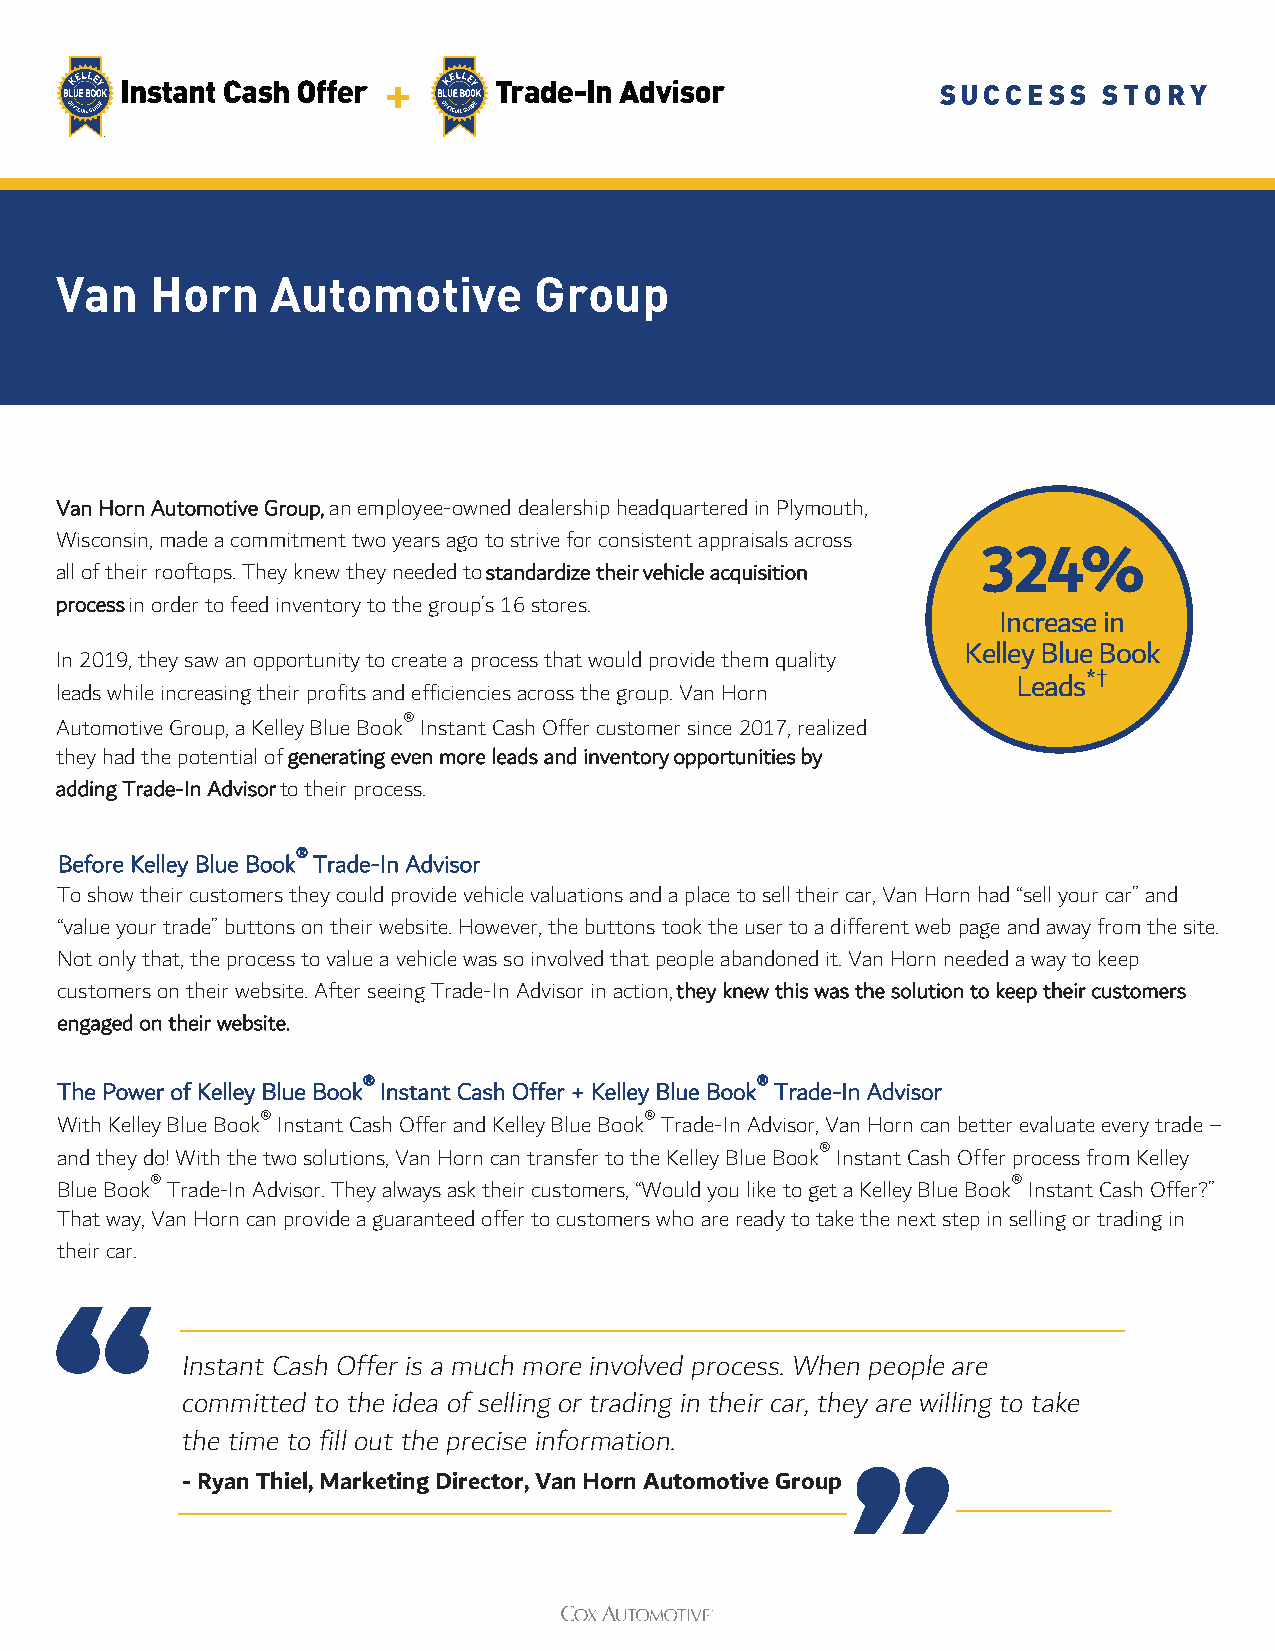
+
 SUCCESS    STORY
 Van   Horn    Automotive       Group
 Van Horn Automotive Group, an employee-owned dealership headquartered in Plymouth,
 Wisconsin, made a commitment two years ago to strive for consistent appraisals across
 324%
 all of their rooftops. They knew they needed to standardize their vehicle acquisition
 process in order to feed inventory to the group’s 16 stores.
 Increase in
 Kelley Blue Book
 In 2019, they saw an opportunity to create a process that would provide them quality
 *†
 Leads
 leads while increasing their profits and efficiencies across the group. Van Horn
 ®
 Automotive Group, a Kelley Blue Book Instant Cash Offer customer since 2017, realized
 they had the potential of generating even more leads and inventory opportunities by
 adding Trade-In Advisor to their process.
 ®
 Before Kelley Blue Book Trade-In Advisor
 To show their customers they could provide vehicle valuations and a place to sell their car, Van Horn had “sell your car” and
 “value your trade” buttons on their website. However, the buttons took the user to a different web page and away from the site.
 Not only that, the process to value a vehicle was so involved that people abandoned it. Van Horn needed a way to keep
 customers on their website. After seeing Trade-In Advisor in action, they knew this was the solution to keep their customers
 engaged on their website.
 ®                         ®
 The Power of Kelley Blue Book Instant Cash Offer + Kelley Blue Book Trade-In Advisor
 ®                         ®
 With Kelley Blue Book Instant Cash Offer and Kelley Blue Book Trade-In Advisor, Van Horn can better evaluate every trade –
 ®
 and they do! With the two solutions, Van Horn can transfer to the Kelley Blue Book Instant Cash Offer process from Kelley
 ®                                                        ®
 Blue Book Trade-In Advisor. They always ask their customers, “Would you like to get a Kelley Blue Book Instant Cash Offer?”
 That way, Van Horn can provide a guaranteed offer to customers who are ready to take the next step in selling or trading in
 their car.
 Instant Cash Offer is a much more involved process. When people are
 committed to the idea of selling or trading in their car, they are willing to take
 the time to fill out the precise information.
 -Ryan Thiel, Marketing Director, Van Horn Automotive Group